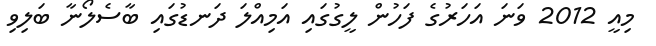
މިއީ 2012 ވަނަ އަހަރުގެ ފަހުން ލީގުގައި އަމިއްލަ ދަނޑުގައި ބާސެލޯނާ ބަލިވި